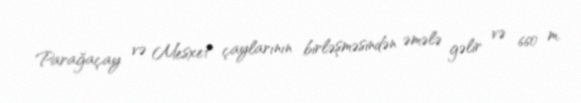
Parağaçay və Mesxet çaylarının birləşməsindən əmələ gəlir və 660 m.